Report of the Indian Hemp Drugs Commission, 1894-1895 - Volume V
Year: 1894
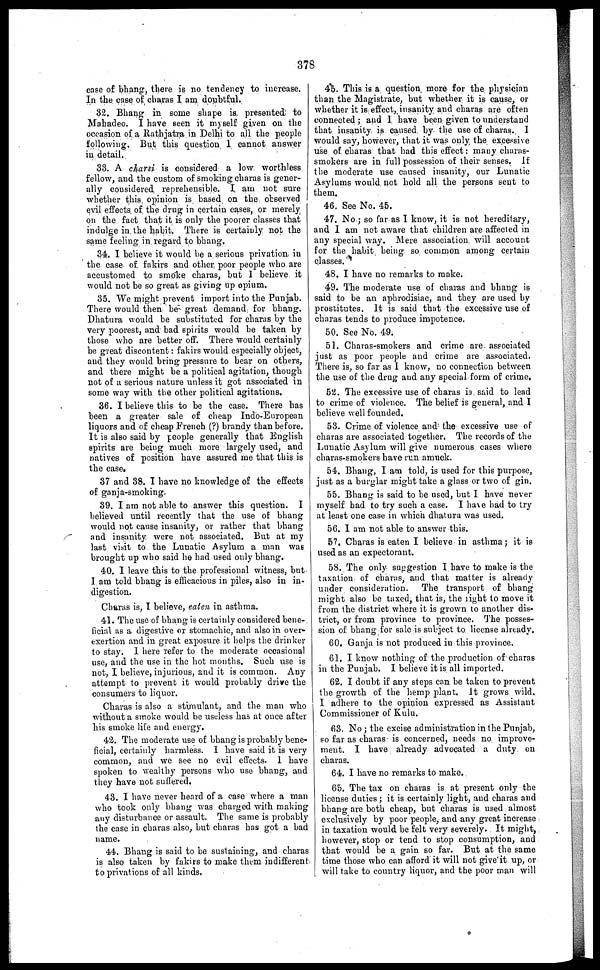
378
case of bhang, there is no tendency to increase.
In the case of charas I am doubtful.
32. Bhang in some shape is presented to
Mahadeo. I have seen it myself given on the
occasion of a Rathjatra in Delhi to all the people
following. But this question 1 cannot answer J
in detail.
33. A charsi is considered a low worthless
fellow, and the custom of smoking charas is gener-
ally considered reprehensible. I am not sure
whether this opinion is based on the observed
evil effects of the drug in certain cases, or merely
on the fact that it is only the poorer classes that
indulge in the habit. There is certainly not the
same feeling in regard to bhang.
34. I believe it would be a serious privation in
the case of fakirs and other poor people who are
accustomed to smoke charas, but 1 believe it
would not be so great as giving up opium.
35. We might prevent import into the Punjab.
There would then be great demand for bhang.
Dhatura would be substituted for charas by the
very poorest, and bad spit its would be taken by
those who are better off. There would certainly
be great discontent: fakirs would especially object,
and they would bring pressure to bear on others,
and there might be a political agitation, though
not of a serious nature unless it got associated in
some way with the other political agitations.
36. I believe this to be the case. There has
been a greater sale of cheap Indo-European
liquors and of cheap French (?) brandy than before.
It is also said by people generally that English
spirits are being much more largely used, and
natives of position have assured me that this is
the case.
37 and 38. I have no knowledge of the effects
of ganja-smoking,
39. I am not able to answer this question. I
believed until recently that the use of bhang
would not cause insanity, or rather that bhang
and insanity were not associated. But at my
last visit to the Lunatic Asylum a man was
brought up who said he had used only bhang.
40. 1 leave this to the professional witness, but
I am told bhang is efficacious in piles, also in in-
digestion.
Charas is, I believe, eaten in asthma.
41. The use of bhang is certainly considered bene-
fiicial as a digestive or stomachic, and also in over-
exertion and in great exposure it helps the drinker
to stay. 1 here refer to the moderate occasional
use, and the use in the hot months. Such use is
not, I believe, injurious, and it is common. Any
attempt to prevent it would probably drive the
consumers to liquor.
Charas is also a stunulant, and the man who
without a smoke would be useless has at once after
his smoke life and energy.
42. The moderate use of bhang is probably bene-
ficial, certainly harmless. I have said it is very
common, and we see no evil effects. 1 have
spoken to wealthy persons who use bhang, and
they have not suffered.
43. I have never heard of a case where a man
who took only bhang was charged with making
any disturbance or assault. The same is probably
the case in charas also, but charas has got a bad
name.
44. Bhang is said to be sustaining, and charas
is also taken by fakirs to make them indifferent
to privations of all kinds.
45. This is a question more for the physician
than the Magistrate, but whether it is cause, or
whether it is effect, insanity and charas are often
connected; and I have been given to understand
that insanity is caused by the use of charas. I
would say, however, that it was only the excessive
use of charas that had this effect: many charas-
smokers are in full possession of their senses. If
the moderate use caused insanity, our Lunatic
Asylums would not hold all the persons sent to
them.
46. See No. 45.
47. No ; so far as I know, it is not hereditary,
and I am not aware that children are affected in
any special way. Mere association will account
for the habit being so common among certain
classes.
48. I have no remarks to make.
49. The moderate use of charas and bhang is
said to be an aphrodisiac, and they are used by
prostitutes. It is said that the excessive use of
charas tends to produce impotence,
50. See No. 49.
51. Charas-smokers and crime are associated
just as poor people and crime are associated.
There is, so far as 1 know, no connection between
the use of the drug and any special form of crime.
52. The excessive use of charas is said to lead
to crime of violence. The belief is general, and I
believe well founded.
53. Crime of violence and the excessive use of
charas are associated together. The records of the
Lunatic Asylum will give numerous ca?es where
charas-smokers have run amuck.
54. Bhang, I am told, is used for this purpose,
just as a burglar might take a glass or two of gin.
55. Bhang is said to be used, but I have never
myself had to try such a case. I have had to try
at least one case in which dhatura was used.
56. I am not able to answer this.
57. Charas is eaten I believe in asthma; it is
used as an expectorant.
58. The only suggestion I have to make is the
taxation of charas, and that matter is already
under consideration.
The transport of bhang
might also he taxed, that is, the light to move it
from the district where it is grown to another dis-
trict, or from province to province. The posses-
sion of bhang for sale is subject to license already.
GO. Ganja is not produced in this province.
61. I know nothing of the production of charas
in the Punjab. I believe it is all imported.
62. I doubt if any steps can be taken to prevent
the growth of the hemp plant. It grows wild,
I adhere to the opinion expressed as Assistant
Commissioner of Kulu.
03. No ; the excise administration in the Punjab,
so far as charas is concerned, needs no improve-
ment. I have already advocated a duty on
charas.
64. I have no remarks to make.
05. The tax on charas is at present only the
license duties ; it is certainly light, and charas and
bhang are both cheap, but charas is used almost
exclusively by poor people, and any great increase
in taxation would be felt very severely. It might,
however, stop or tend to stop consumption, and
that would he a gain so far. But at the same
time those who can afford it will not give it up, or
will take to country liquor, and the poor man will